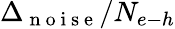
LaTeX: \Delta_{\mathrm{~n~o~i~s~e~}}/N_{e{\mathrm{-}}h}